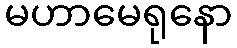
မဟာမေရုနော